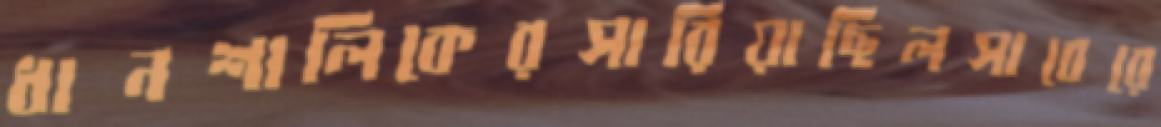
ধানশালিকেরসারিয়াছিলসাবেরে